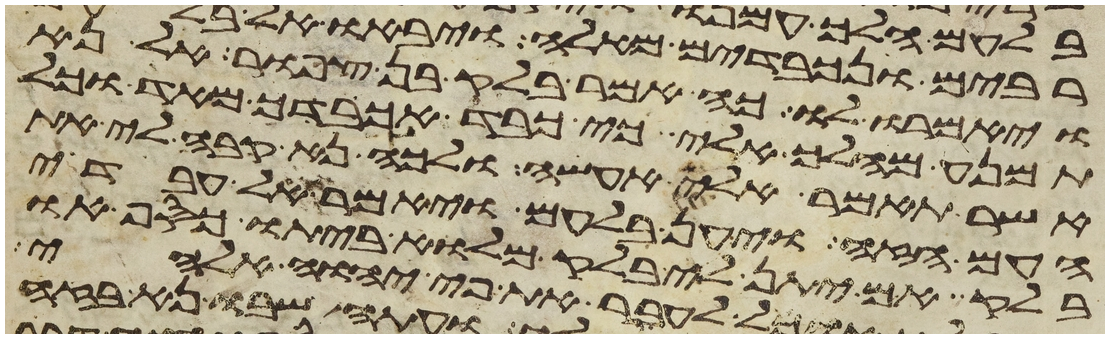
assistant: ויאמרו לו כה אמר בלק בן צפור אל נא
תמנע מהלך אלי כי כבד אכבדך מאד וכל
אשר תאמר אלי אעשה ולכה נא קבה לי את
העם הזה ויען בלעם ויאמר אל עבדי
בלק אם יתן לי בלק מלוא ביתו כסף או